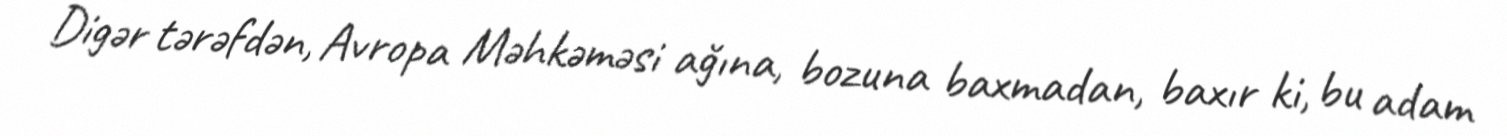
Digər tərəfdən, Avropa Məhkəməsi ağına, bozuna baxmadan, baxır ki, bu adam